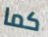
كما